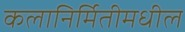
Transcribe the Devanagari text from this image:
कलानिर्मितीमधील